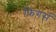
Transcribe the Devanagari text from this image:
फिंगर्स